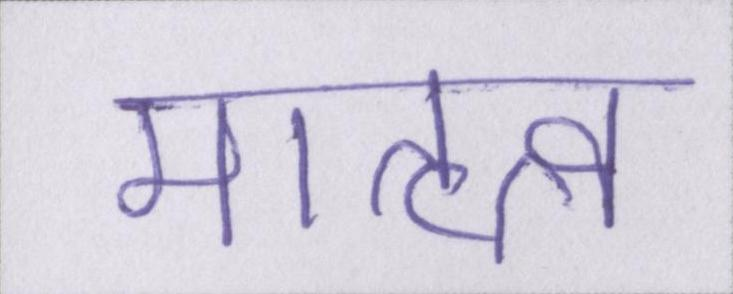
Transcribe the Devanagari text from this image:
मातृत्व